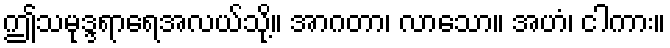
ဤသမုဒ္ဒရာရေအလယ်သို့။ အာဂတာ၊ လာသော။ အဟံ၊ ငါကား။